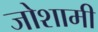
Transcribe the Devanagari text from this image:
जोशामी